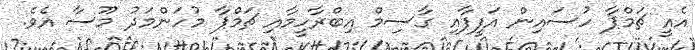
އެއީ ޗަމްޕާ ހުސައިން އަފީފާއި ގާސިމް އިބްރާހީމާއި ޗަމްޕާ މުހަންމަދު މޫސާ އެވެ.